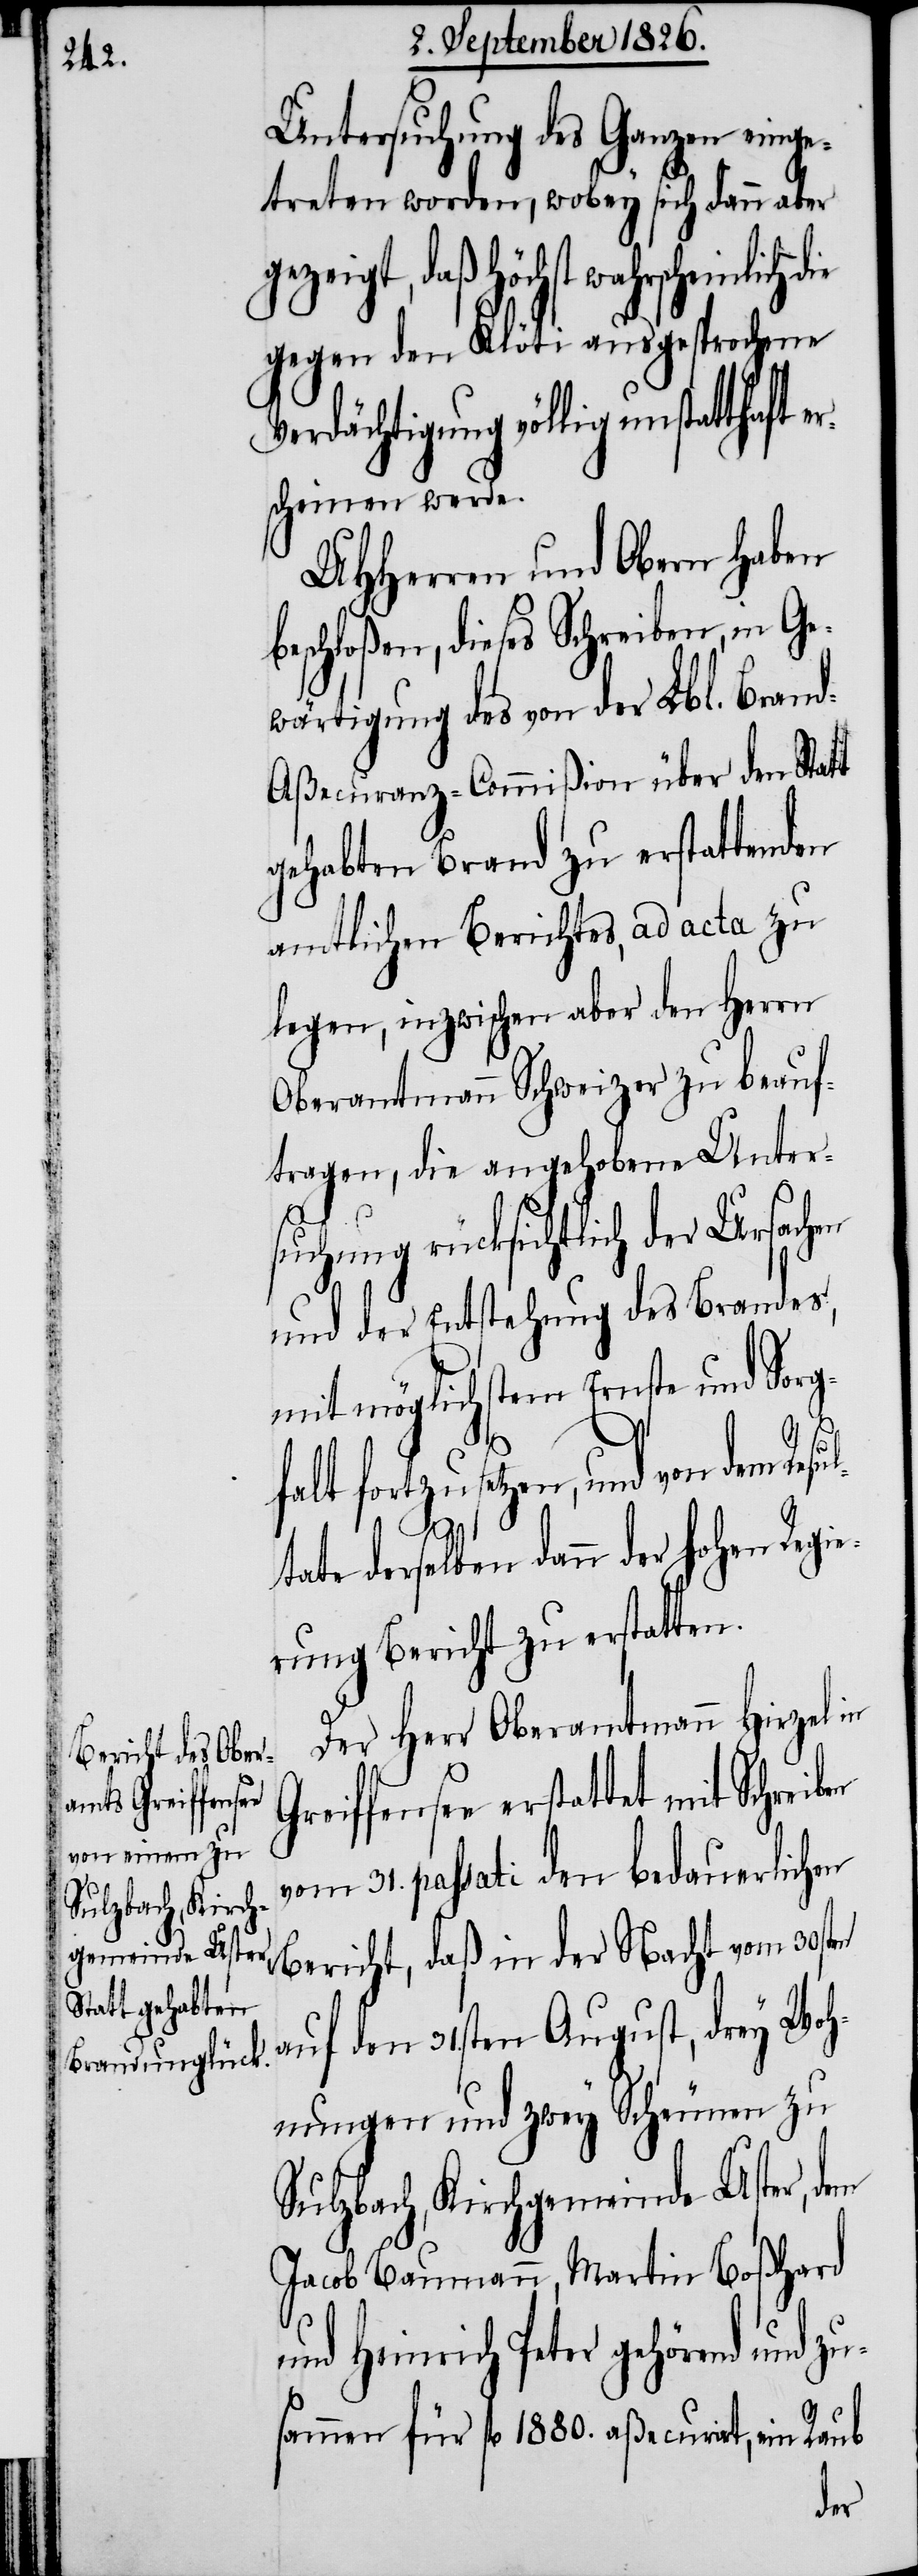
Sulzbach, Kirch¬
gemeinde Uster,

Untersuchung des Ganzen eing¬
etreten worden, wobey sich dann aber
mit Schreiben
gegen den Klöti ausgesprochene
Verdächtigung völlig unstat¬
scheinen werde.
MHHerren und Obern haben
beschloßen, dieses Schreiben, in Ge¬
wärtigung des von der Lbl. Bran¬
d-Aßecuranz-Commißion über den Statt
gehabten Brand zu erstattenden
amtlichen Berichtes, ad acta zu
legen, inzwischen aber den Herrn
Oberamtmann Schweizer zu beauf¬
tragen, die angehobene Unter¬
u¬
suchung rücksichtlich der Ursachen
und der Entstehung des Brandes,
mit möglichstem Ernste und Sorg¬
falt fortzusetzen, und von dem Resu¬
ltate derselben dann der hohen Regie¬
rung Bericht zu erstatten.
Der Herr Oberamtmann Hirzel in
vom 31. passati den bedauerlichen
Bericht, daß in der Nacht vom 30sten
auf den 31sten August, drey Woh¬
nungen und zwey Scheunen zu
Jacob Baumann, Martin Boßhard
und Heinrich Peter gehörend und z¬
sammen für fl. 1880. aßecurirt, ein Raub
dem